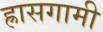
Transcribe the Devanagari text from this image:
ह्रासगामी